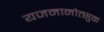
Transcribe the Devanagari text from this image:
यजमानोत्सुक